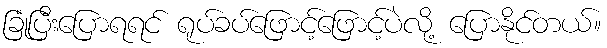
ခြုံပြီးပြောရရင် ရုပ်ခပ်ဖြောင့်ဖြောင့်ပဲလို့ ပြောနိုင်တယ်။